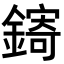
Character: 𬬄